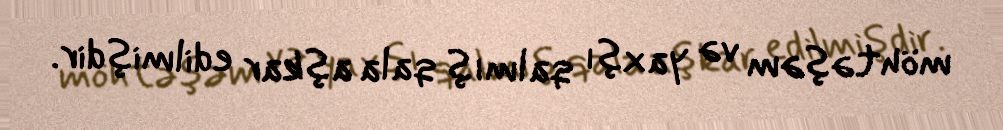
möhtəşəm və yaxşı qalmış qala aşkar edilmişdir.